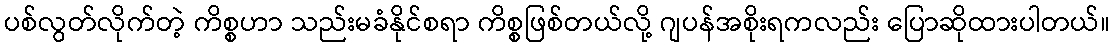
ပစ်လွတ်လိုက်တဲ့ ကိစ္စဟာ သည်းမခံနိုင်စရာ ကိစ္စဖြစ်တယ်လို့ ဂျပန်အစိုးရကလည်း ပြောဆိုထားပါတယ်။